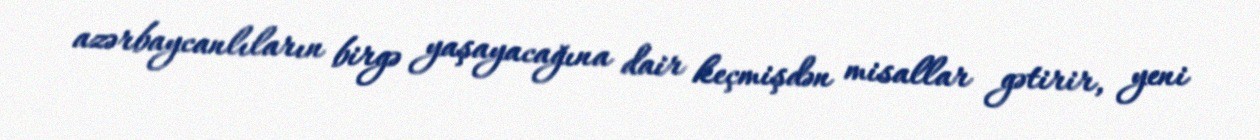
azərbaycanlıların birgə yaşayacağına dair keçmişdən misallar gətirir, yeni